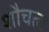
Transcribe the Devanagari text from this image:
शौचत्व